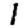
Digit: 1